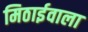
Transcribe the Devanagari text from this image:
मिठार्इवाला